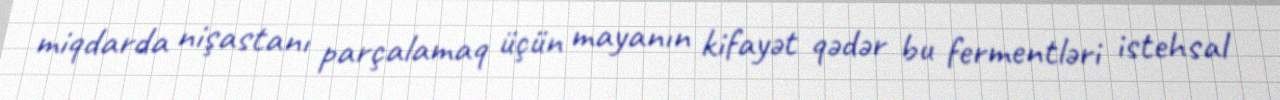
miqdarda nişastanı parçalamaq üçün mayanın kifayət qədər bu fermentləri istehsal